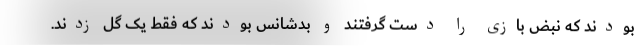
بودند که نبض بازی را دست گرفتند و بدشانس بودند که فقط یک گل زدند.